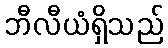
ဘီလီယံရှိသည်